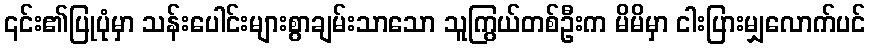
၎င်း၏ပြုပုံမှာ သန်းပေါင်းများစွာချမ်းသာသော သူကြွယ်တစ်ဦးက မိမိမှာ ငါးပြားမျှလောက်ပင်